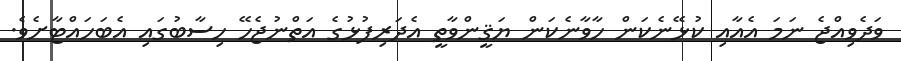
ވަދެވިއްޖެ ނަމަ އެއާއި ކުޅޭނެކަން ހާވާނެކަން ޔަޤީންވާތީ އެދަރިފުޅުގެ އަތްނުޖެހޭ ހިސާބުގައި އެބަހައްޓާށެވެ.